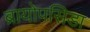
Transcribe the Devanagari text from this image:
ब्रायोपसिडा